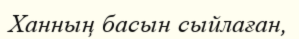
Ханның басын сыйлаған,